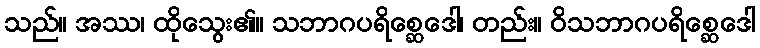
သည်။ အဿ၊ ထိုသွေး၏။ သဘာဂပရိစ္ဆေဒေါ၊ တည်း။ ဝိသဘာဂပရိစ္ဆေဒေါ